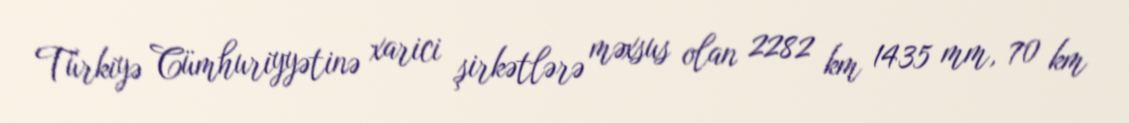
Türkiyə Cümhuriyyətinə xarici şirkətlərə məxsus olan 2282 km 1435 mm, 70 km